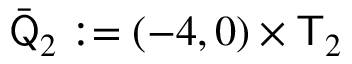
\bar { \mathsf Q } _ { 2 } : = ( - 4 , 0 ) \times \mathsf T _ { 2 }